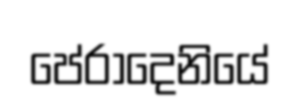
පේරාදෙනියේ